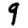
Digit: 9